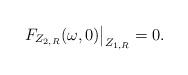
LaTeX: \begin{align*}F_{Z_{2,R}}(\omega,0) \big|_{Z_{1,R}} = 0.\end{align*}